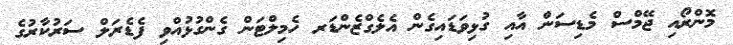
މޮންރޯއި ޖޭމްސް މެޑިސަން އާއި ގުޅިވަޑައިގެން އެލެގްޒެންޑަރ ހެމިލްޓަން ގެންގުޅުއްވި ފެޑެރަލް ސަރުކާރުގެ